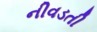
નીવડતી